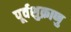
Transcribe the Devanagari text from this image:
पूर्वशुक्राणु